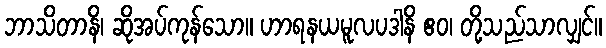
ဘာသိတာနိ၊ ဆိုအပ်ကုန်သော။ ဟာရနယမူလပဒါနိ ဧဝ၊ တို့သည်သာလျှင်။